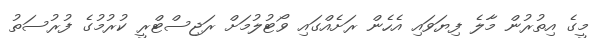
މީގެ އިތުރުން މާލެ ފިޔަވައި އެހެން ރަށެއްގައި ވޯޓުލުމަށް ރަޖިސްޓްރީ ކުރުމުގެ ފުރުސަތު